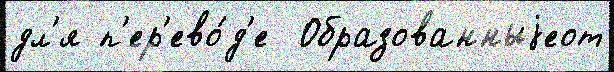
дл'я п'ер'ево́д'е  Образованныjеот